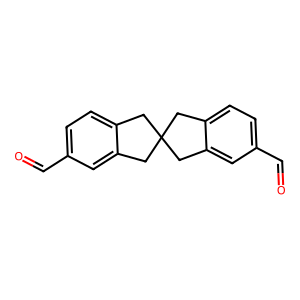
SMILES: O=Cc1ccc2c(c1)CC1(C2)Cc2ccc(C=O)cc2C1
Inhibits HIV replication: No